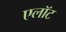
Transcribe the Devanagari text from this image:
एलॉट